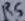
Text: R5